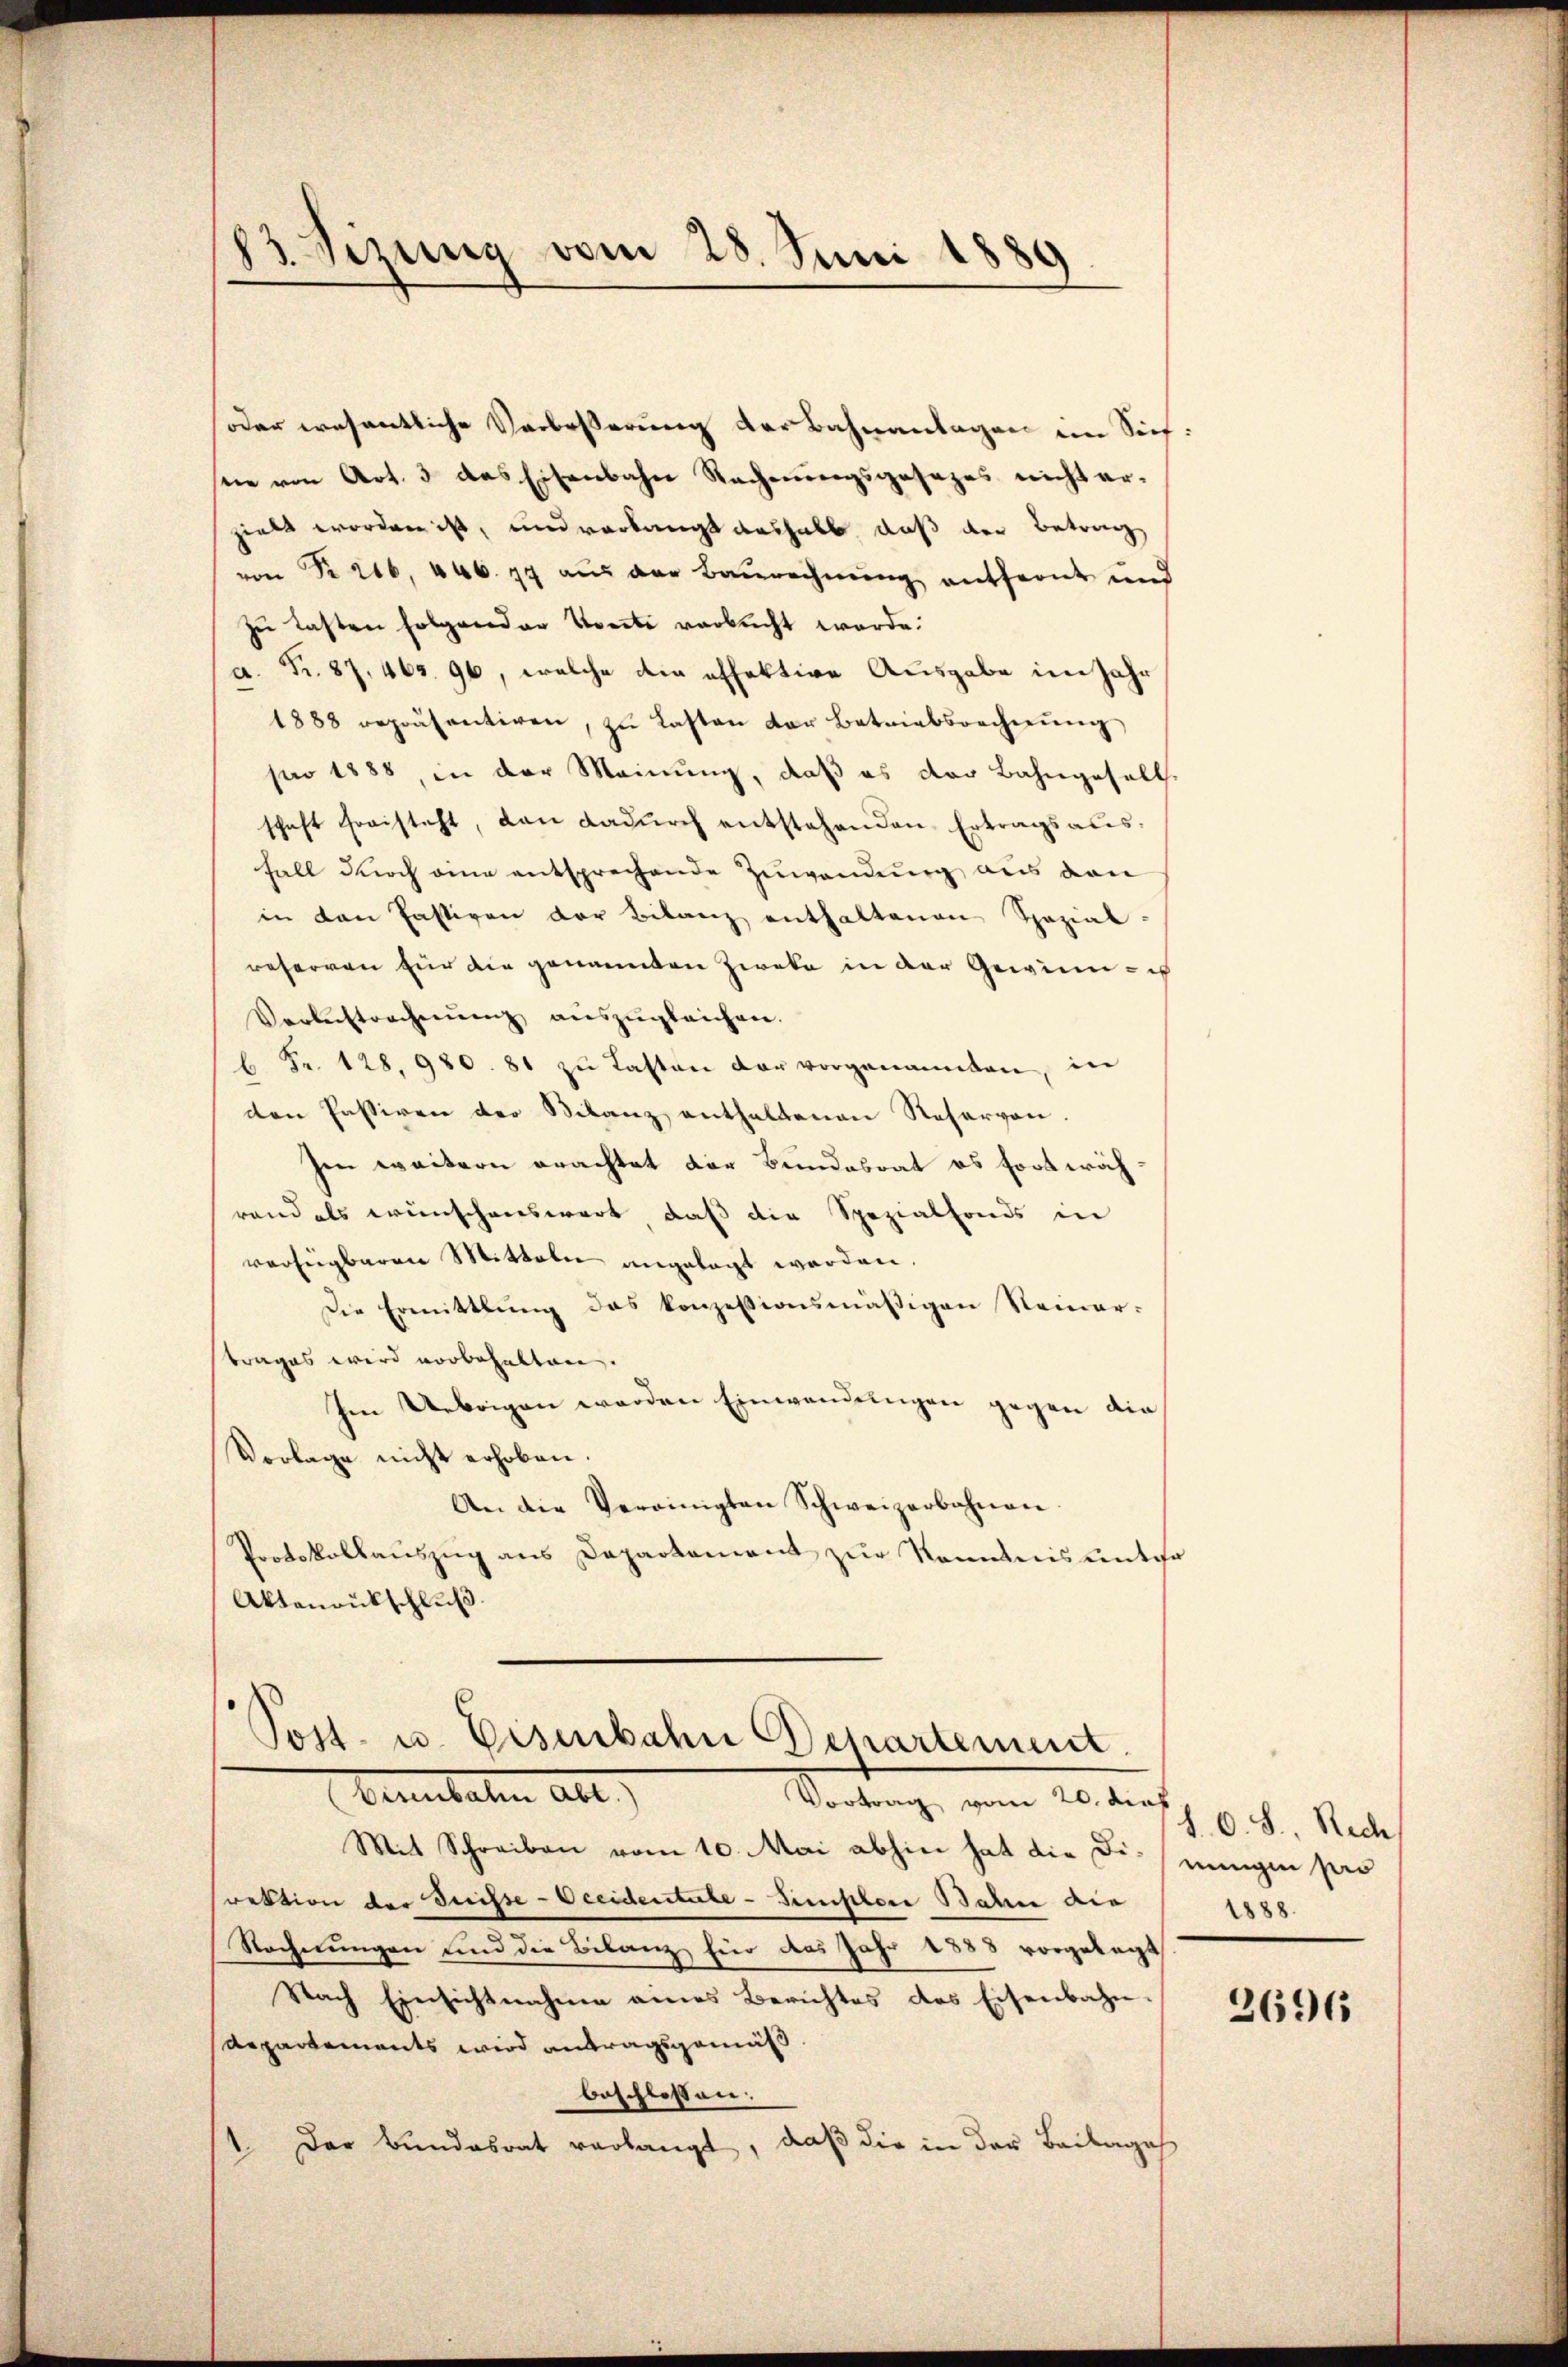
83 Sizung vom 28. Juni 1889

oder wesentliche Verbeßerung der Bahnanlagen im Sief:
ne von Art. 3 das Eisenbahn Rechnungsgesezes nicht er-
hielt worden ist, und verlangt aushalb daß der Betrag
von Nr. 216, 446. 74 aus der Baurechnung entfernt und
zu lasten folgender Vorste verbucht werde.
a. Fr. 87, 465. 96, welche die offektive Ausgabe im Jahr
1888 repräsentiren, zŭ lasten der Betriebsrechnŭng
pro 1888, in der Meinung, daß es der Bahngesell
schaft freisteht, dan dadurch entstehenden Ertragsausfall durch eine entsprechende Zuwendung aus den
in den Passiven der Bilanz enthaltenen Spezial-
referren für die genannten Zweke in der Gewinn ich
Verberstrechnŭng aŭszŭgleichen.
 Fr. 128. 980. 81 zu Lasten der vorgenannten, in
den Passiven der Bilanz enthaltenen Reservon.
Im weitern erachtet der Bundesrat es fortwährand als wünschenswart, daß die Spezialfonds in
verfügbaren Mitteln angelegt werden.
Die Ermittlung des konzessionsmäβigen Neinar-
trages wird vorbehalten.
Im Uebrigen werden Einwendungen gegen die
Vorlage nicht erhoben.
An die Vereinigten Schweizerbahnen.
Protokollauszug aus Departement zur Kenntnis unter
Aktenrückschlŭβ

Post- u. Eisenbahn Departement
Tentaten all
Vortrag vom 20. dies

Mit Schreiben vom 10. Mai abhin hat die Die einigen seie
rektion der Disse-Occidentube - Zinsler Bahn die
Rechnungen und die Bilanz für das Jahr 1888 vorgelegt
Nach Einsichtnahme eines Berichtes des Eisenbahn
Departements wird antragsgemäß
beschlossen:
Der Bundesrat verlangt, daß die in der Beilage
.

S. O. S., Rech
1888.

2696